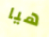
هيا